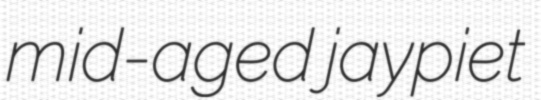
mid-aged jaypiet